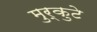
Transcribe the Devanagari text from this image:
मुर्कुटे